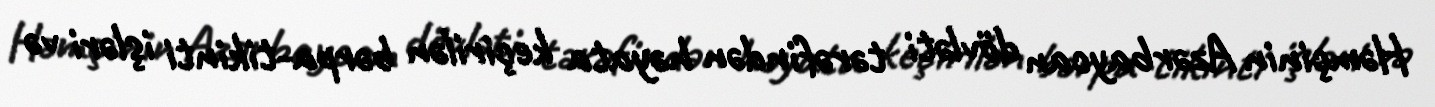
Həmçinin Azərbaycan dövləti tərəfindən həyata keçirilən bərpa-tikinti işləri və